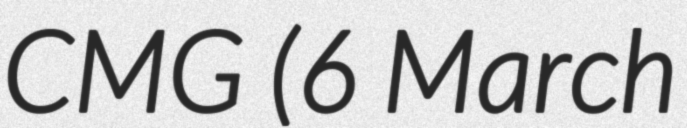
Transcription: CMG (6 March